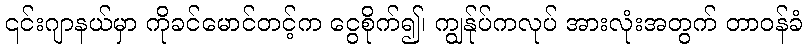
၎င်းဂျာနယ်မှာ ကိုခင်မောင်တင့်က ငွေစိုက်၍၊ ကျွန်ုပ်ကလုပ် အားလုံးအတွက် တာဝန်ခံ